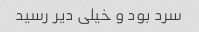
سرد بود و خیلی دیر رسید